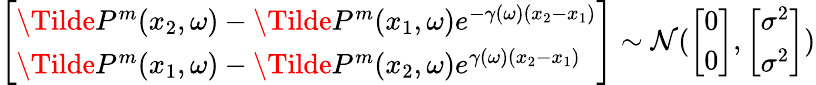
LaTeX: \left[\begin{array}{l}{\Tilde{P}^{m}(x_{2},\omega)-\Tilde{P}^{m}(x_{1},\omega)e^{-\gamma(\omega)(x_{2}-x_{1})}}\\ {\Tilde{P}^{m}(x_{1},\omega)-\Tilde{P}^{m}(x_{2},\omega)e^{\gamma(\omega)(x_{2}-x_{1})}}\end{array}\right]\sim\mathcal{N}(\left[\begin{array}{l}{0}\\ {0}\end{array}\right],\left[\begin{array}{l}{\sigma^{2}}\\ {\sigma^{2}}\end{array}\right])